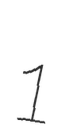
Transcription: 1